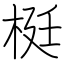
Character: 梃